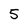
Character: 5